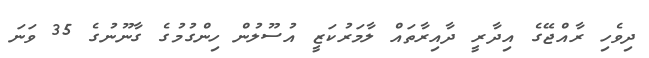
ދިވެހި ރާއްޖޭގެ އިދާރީ ދާއިރާތައް ލާމަރުކަޒީ އުސޫލުން ހިންގުމުގެ ގާނޫނުގެ 35 ވަނަ